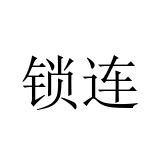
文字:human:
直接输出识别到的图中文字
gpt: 锁连